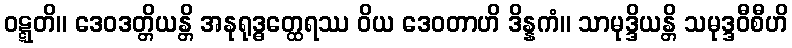
ဝဋ္ဋတိ။ ဒေဝဒတ္တိယန္တိ အနုရုဒ္ဓတ္ထေရဿ ဝိယ ဒေဝတာဟိ ဒိန္နကံ။ သာမုဒ္ဒိယန္တိ သမုဒ္ဒဝီစီဟိ